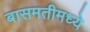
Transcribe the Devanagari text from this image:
बासमतीमध्ये